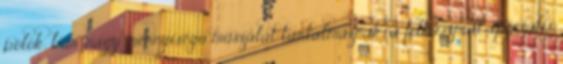
pólók, bár nagy mennyiségű műszálat tartalmaznak, a felhasznált speciális